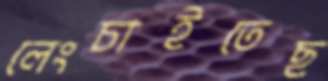
লেংচাইতেছ